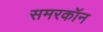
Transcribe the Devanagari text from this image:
समरकॉन